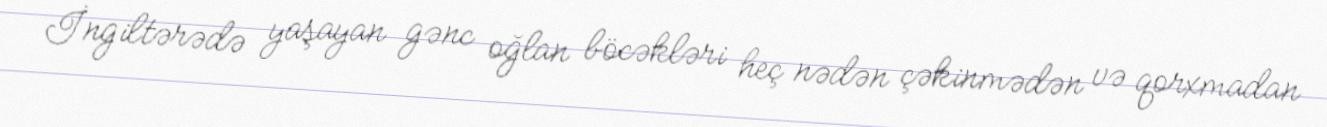
İngiltərədə yaşayan gənc oğlan böcəkləri heç nədən çəkinmədən və qorxmadan